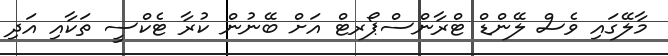
މާލޭގައި ވެސް ލޭންޑް ޓްރާންސްޕޯރޓް އަށް ބޭނުން ކުރާ ޓެކްސީ ތަކާއި އަދި